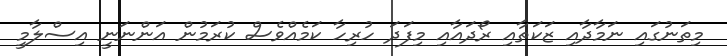
މިތަނުގައި ނަމާދާއި ޒަކަތާއި ރޯދައާއި މިފަދަ ހުރިހާ ކަމެއްވެސް ކުރަމުން އަންނަނީ އިސްލާމީ